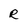
Character: R